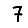
Digit: 7